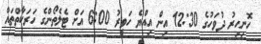
ހޮނިހިރު ދުވަހުގެ 12:30 އިން އިއްޔެ ހަވީރު 6:00 އަށް ޓެލެތޯންގެ ހަރަކާތްތައް